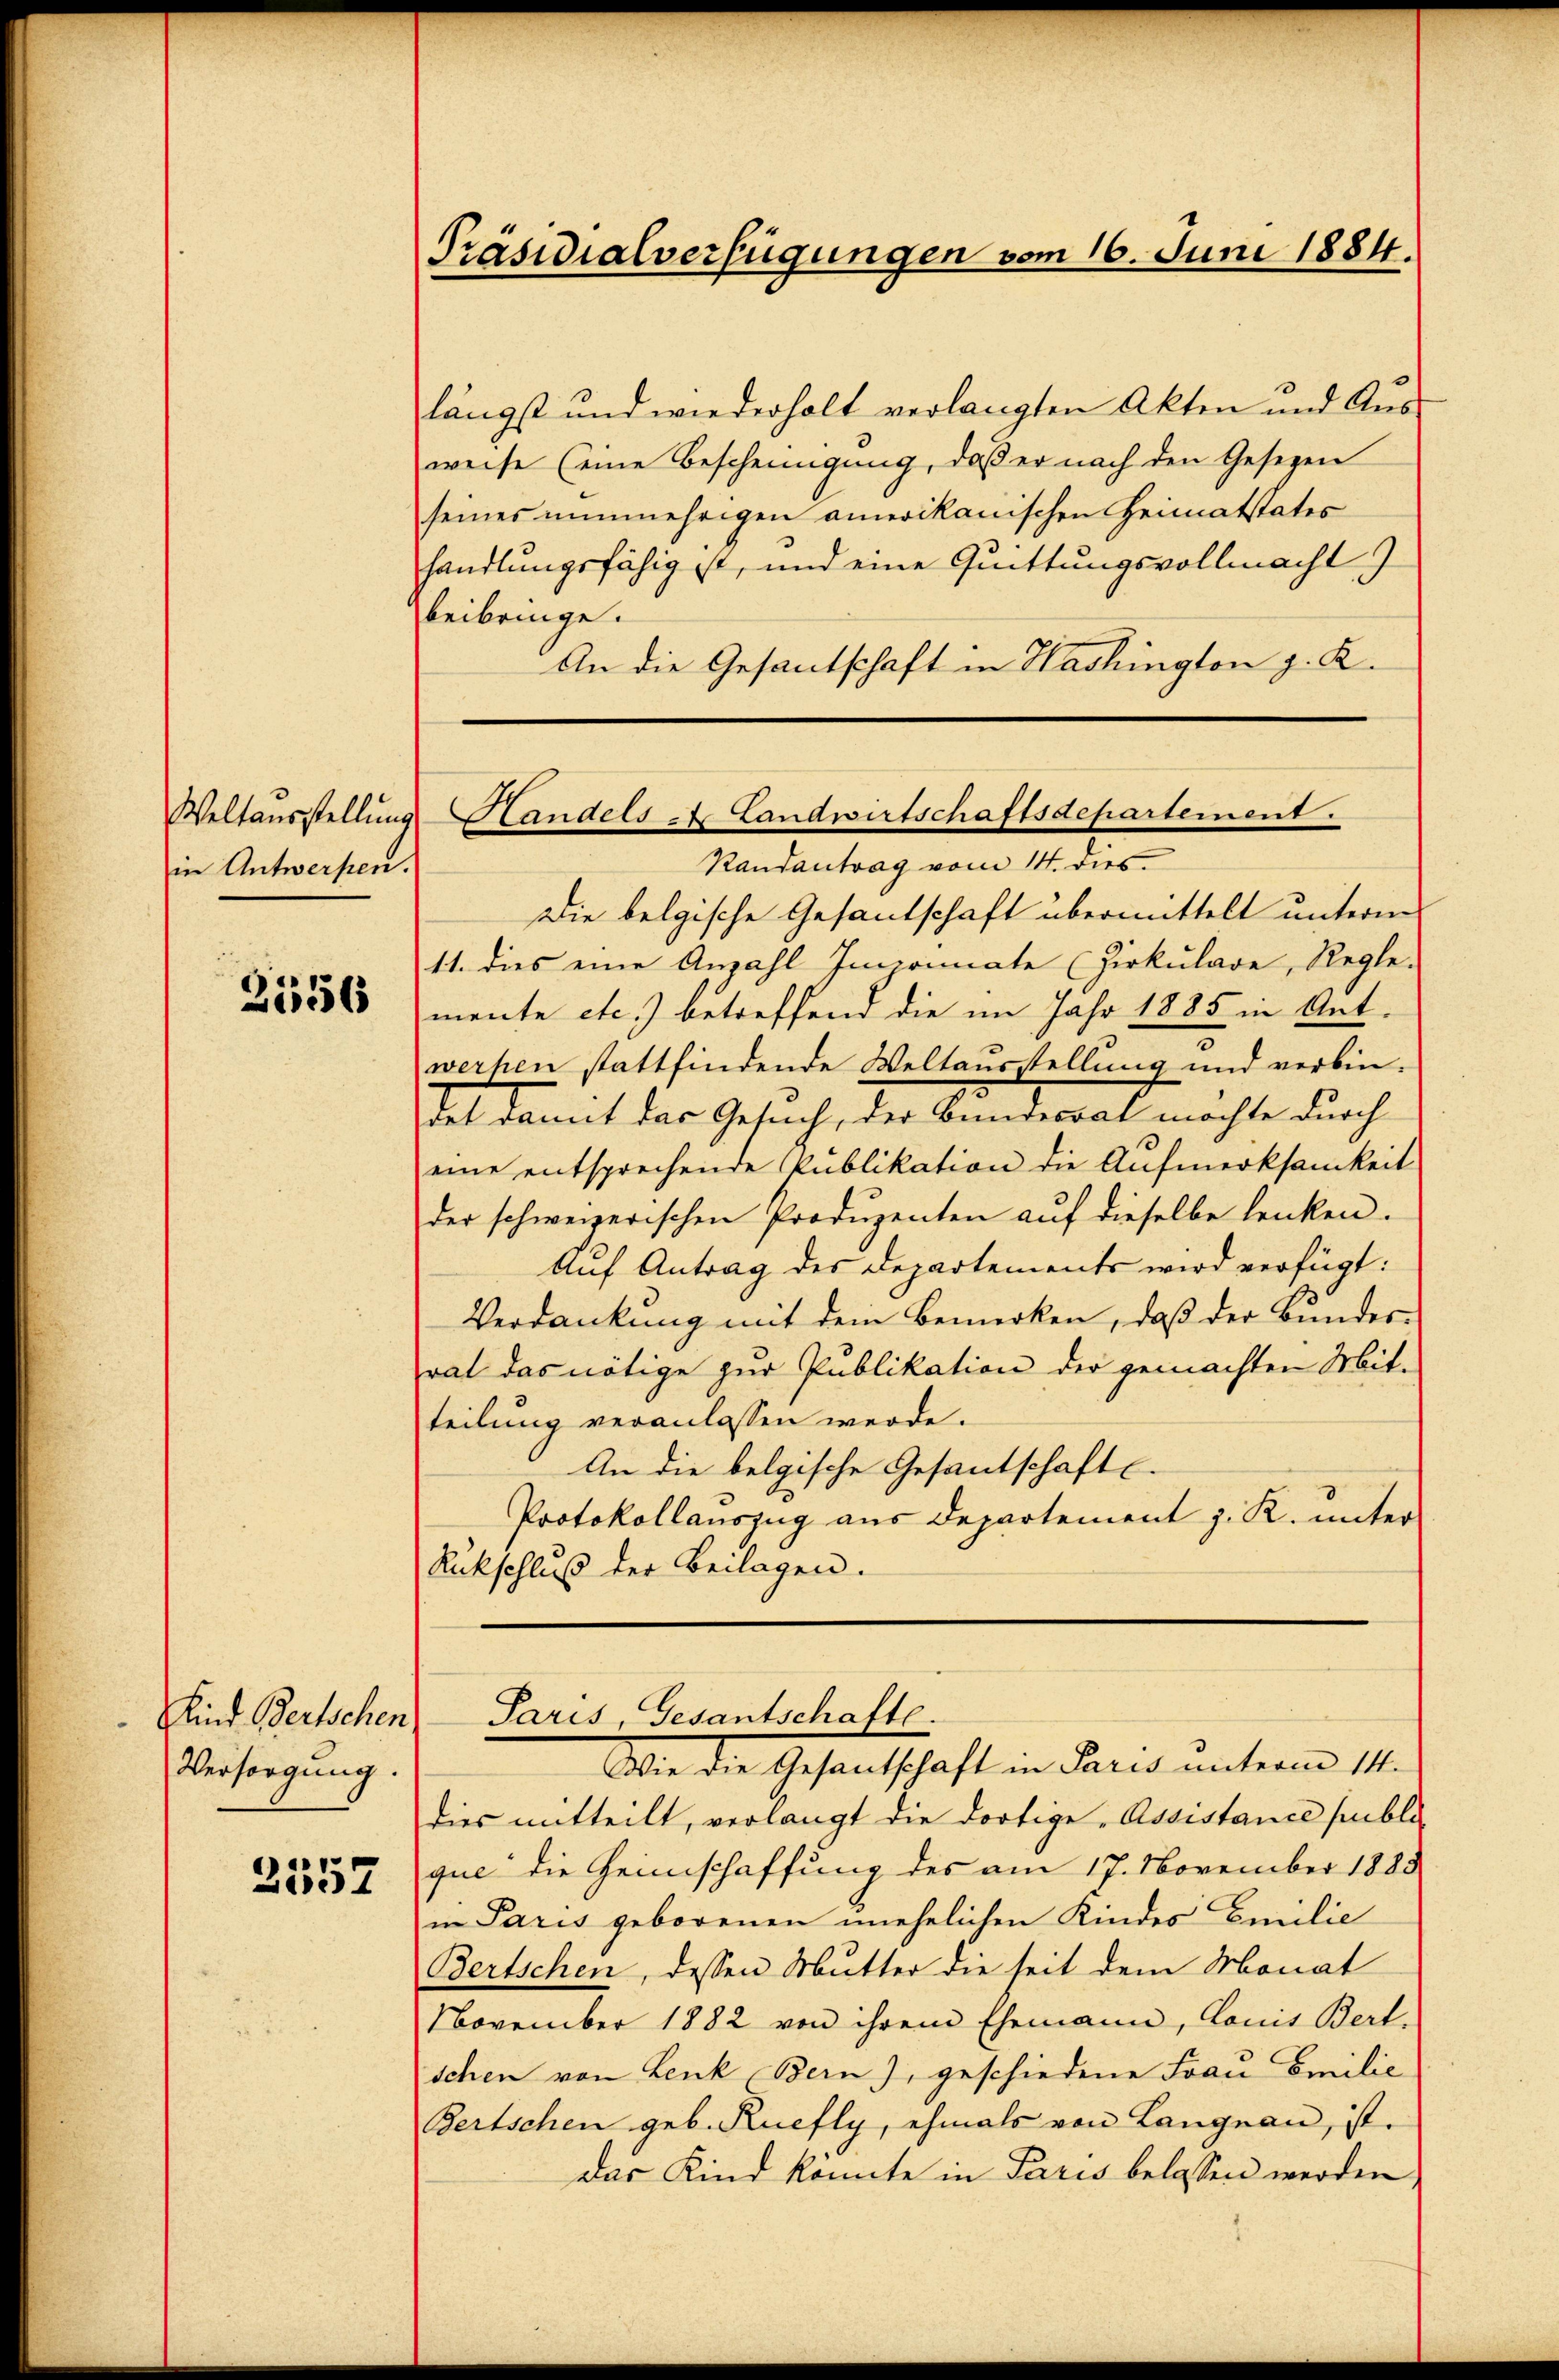
Weltausstellung
in Antwerpen.

2556

Kind Bertschen
Versorgung.
2557

Präsidialverfügungen vom 16. Juni 1884.

längst und wiederholt verlangten Akten und Aus-
weise (eine Bescheinigung, daβ er nach den Gesetzen
seines nunmehrigen amerikanischen Heimatstates
handlungsfähig ist, und eine Quittungsvollmacht
beibringe.
An die Gesantschaft in Washington g. K.

Handels - Landwirtschaftsdepartement.
Randantrag vom 14. dies

Paris, Gesantschafte.

Die belgische Gesantschaft übermittelt unterm
11. dies eine Anzahl Imponate (Zirkulare, Regle-
mente etc.) betreffend die im Jahr 1885 in Antwerhen stattfindende Weltausstellung und verbin-
tet damit das Gesuch, der Bundersal möchte durch
eine entsprechende Publikation die Aufmerksamkeit
der schweizerischen Produzenten auf dieselbe lenken.
Auf Antrag des Departements wird verfügt:
Verdankung mit dem Bemerken, daß der Bundes-
vat das nötige zur Publikation der gemachten Mitteilung veranlassen werde.
An die belgische Gesantschaft e
Protokollauszug aus Departement z. R. unter
Rückschluß der Beilagen.

Wie die Gesandtschaft in Paris unterm 11ten
dies mitteilt, verlangt die dortige Assistance subli
que die Heimschaffung des am 17. November 1883
in Paris geborenen unehelichen Kindes Emilie
Bertschen, dessen Mutter die seit dem Monat
November 1882 von ihrem Ehemann, Louis Bert-
schen von Lenk Bern), geschiedene Frau Emilie
Bertschen geb. Ruefly, ehmals von Langnau, ist.
Das Kind könnte in Paris belassen werden,